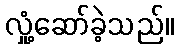
လှုံ့ဆော်ခဲ့သည်။